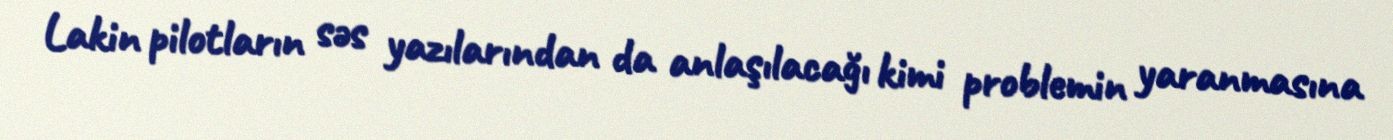
Lakin pilotların səs yazılarından da anlaşılacağı kimi problemin yaranmasına